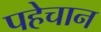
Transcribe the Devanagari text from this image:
पहेचान